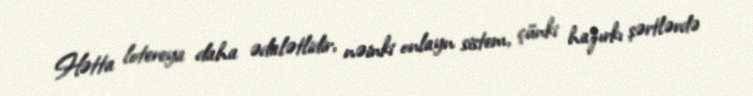
Hətta lotereya daha ədalətlidir, nəinki onlayn sistem, çünki hazırkı şərtlərdə